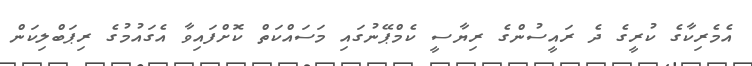
އެމެރިކާގެ ކުރީގެ ދެ ރައީސުންގެ ރިޔާސީ ކެމްޕޭނުގައި މަސައްކަތް ކޮށްފައިވާ އެގައުމުގެ ރިޕަބްލިކަން